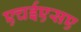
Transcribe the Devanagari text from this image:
एचईएसए